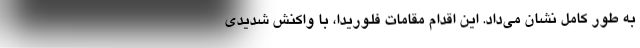
به طور کامل نشان می‌داد. این اقدام مقامات فلوریدا، با واکنش شدیدی